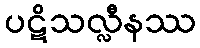
ပဋိသလ္လီနဿ